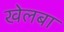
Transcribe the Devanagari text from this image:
खेलबा